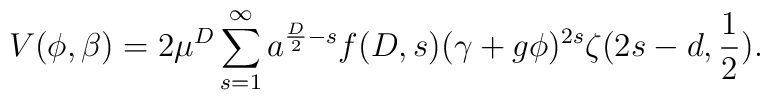
V(\phi,\beta)=2\mu^{D}\sum^{\infty}_{s=1}a^{\frac{D}{2}-s}f(D,s)(\gamma+g\phi)^{2s}\zeta(2s-d,\frac{1}{2}).